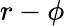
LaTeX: r-\phi